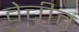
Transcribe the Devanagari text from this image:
वेचीव